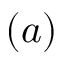
( a )